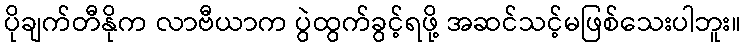
ပိုချက်တီနိုက လာဗီယာက ပွဲထွက်ခွင့်ရဖို့ အဆင်သင့်မဖြစ်သေးပါဘူး။